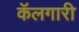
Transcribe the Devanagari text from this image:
कॅलगारी